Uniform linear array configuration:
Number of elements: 24
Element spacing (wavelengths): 0.25
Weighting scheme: kaiser
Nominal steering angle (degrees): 0
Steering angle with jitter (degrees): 0.598
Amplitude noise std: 0.05
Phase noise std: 0.05

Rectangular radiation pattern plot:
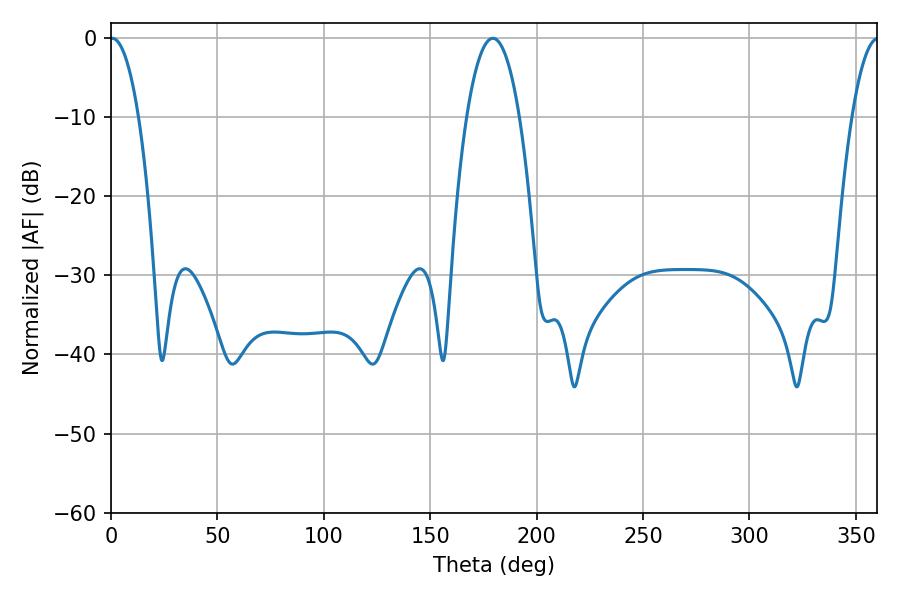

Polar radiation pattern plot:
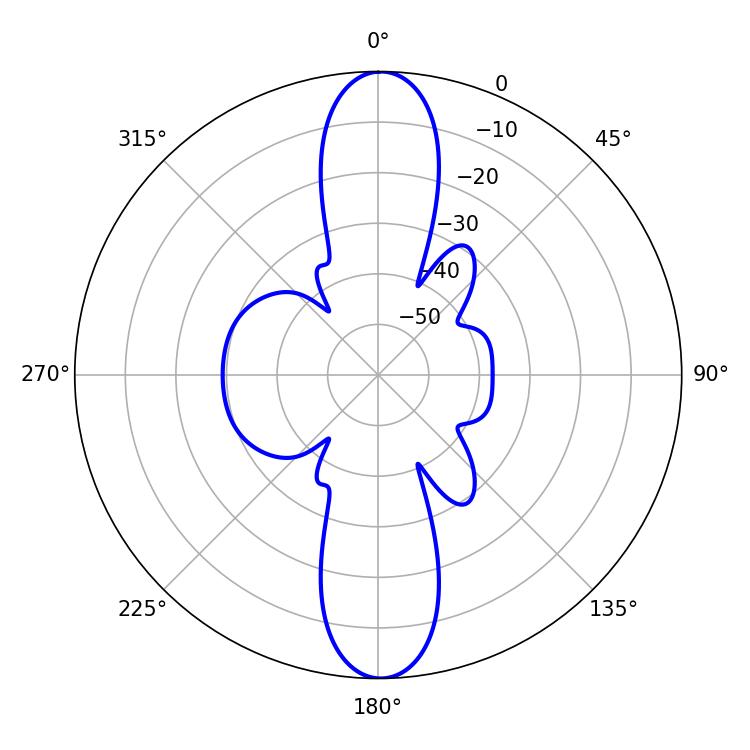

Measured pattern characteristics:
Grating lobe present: FALSE
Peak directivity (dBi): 27.05
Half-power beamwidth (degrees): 7.38
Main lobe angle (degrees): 0.54